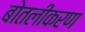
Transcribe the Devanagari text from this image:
बोतलीकरण